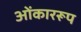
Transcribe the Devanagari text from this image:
ओंकाररूप